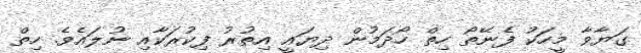
ގަޔާވާ މީހަކު ފެނޭތޯ ހިތް ހޯދަމުން ދިޔައީ އިތުރު ފިކުރަކާއި ނުލައެވެ. ހިތް